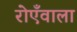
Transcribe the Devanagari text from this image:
रोएँवाला